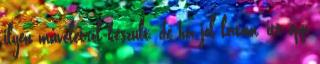
ilyen műveletről készült, de ha jól látom, itt épp